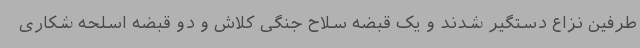
طرفین نزاع دستگیر شدند و یک قبضه سلاح جنگی کلاش و دو قبضه اسلحه شکاری